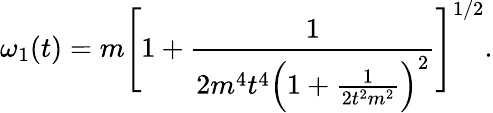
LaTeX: \omega_{1}(t)=m\Biggl[1+\frac{1}{2m^{4}t^{4}\Bigl(1+\frac{1}{2t^{2}m^{2}}\Bigr)^{2}}\Biggr]^{1/2}.